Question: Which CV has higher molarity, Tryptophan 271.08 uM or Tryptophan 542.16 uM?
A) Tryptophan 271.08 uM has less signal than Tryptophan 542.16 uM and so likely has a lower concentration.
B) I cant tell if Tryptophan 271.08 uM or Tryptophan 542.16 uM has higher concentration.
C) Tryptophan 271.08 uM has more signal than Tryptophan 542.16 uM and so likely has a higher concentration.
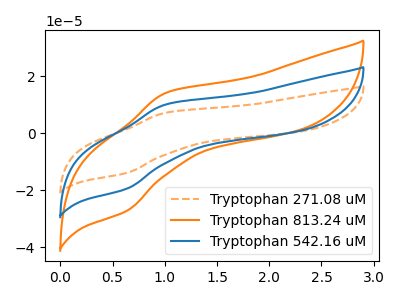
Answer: <think>The orange dashed curve "Tryptophan 271.08 uM" has an anodic peak at (1.00V, 7.25uA) and a cathodic peak at (0.65V, -13.85uA). The orange curve "Tryptophan 813.24 uM" has an anodic peak at (1.00V, 20.35uA) and a cathodic peak at (0.65V, -38.75uA). The blue curve "Tryptophan 542.16 uM" has an anodic peak at (1.00V, 10.15uA) and a cathodic peak at (0.65V, -19.40uA).
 All the peaks in "Tryptophan 271.08 uM" have a peak in "Tryptophan 542.16 uM" at the same potential. Every peak in "Tryptophan 271.08 uM" is lower than every peak in "Tryptophan 542.16 uM".</think>
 <answer>A) "Tryptophan 271.08 uM" has less signal than "Tryptophan 542.16 uM" and so likely has a lower concentration.</answer>
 <eval>A</eval>